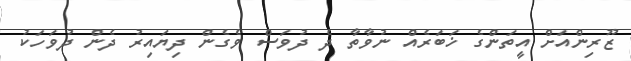
ޒޫރިންއަށް އީތަންގެ ޚަބަރެއް ނުވާތާ ދެ ދުވަސް ވެގެން ދިޔައިރު ދެން ދުވަހަކު